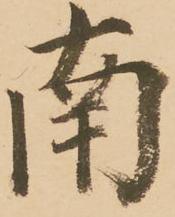
南